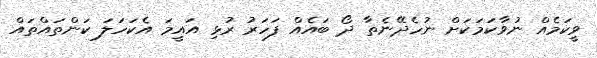
ވީކަމެއް ނުވާކަމަކަށް ނުހެދޭނެތާ ދޯ ބައެއް ފަހަރު ރުޅި އައީމަ އެކަހަލަ ކަންތައްތައް